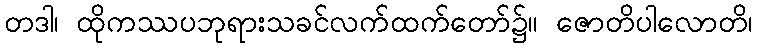
တဒါ၊ ထိုကဿပဘုရားသခင်လက်ထက်တော်၌။ ဇောတိပါလောတိ၊